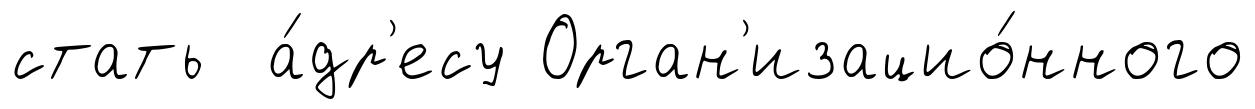
стать а́др'есу Орган'изацио́нного